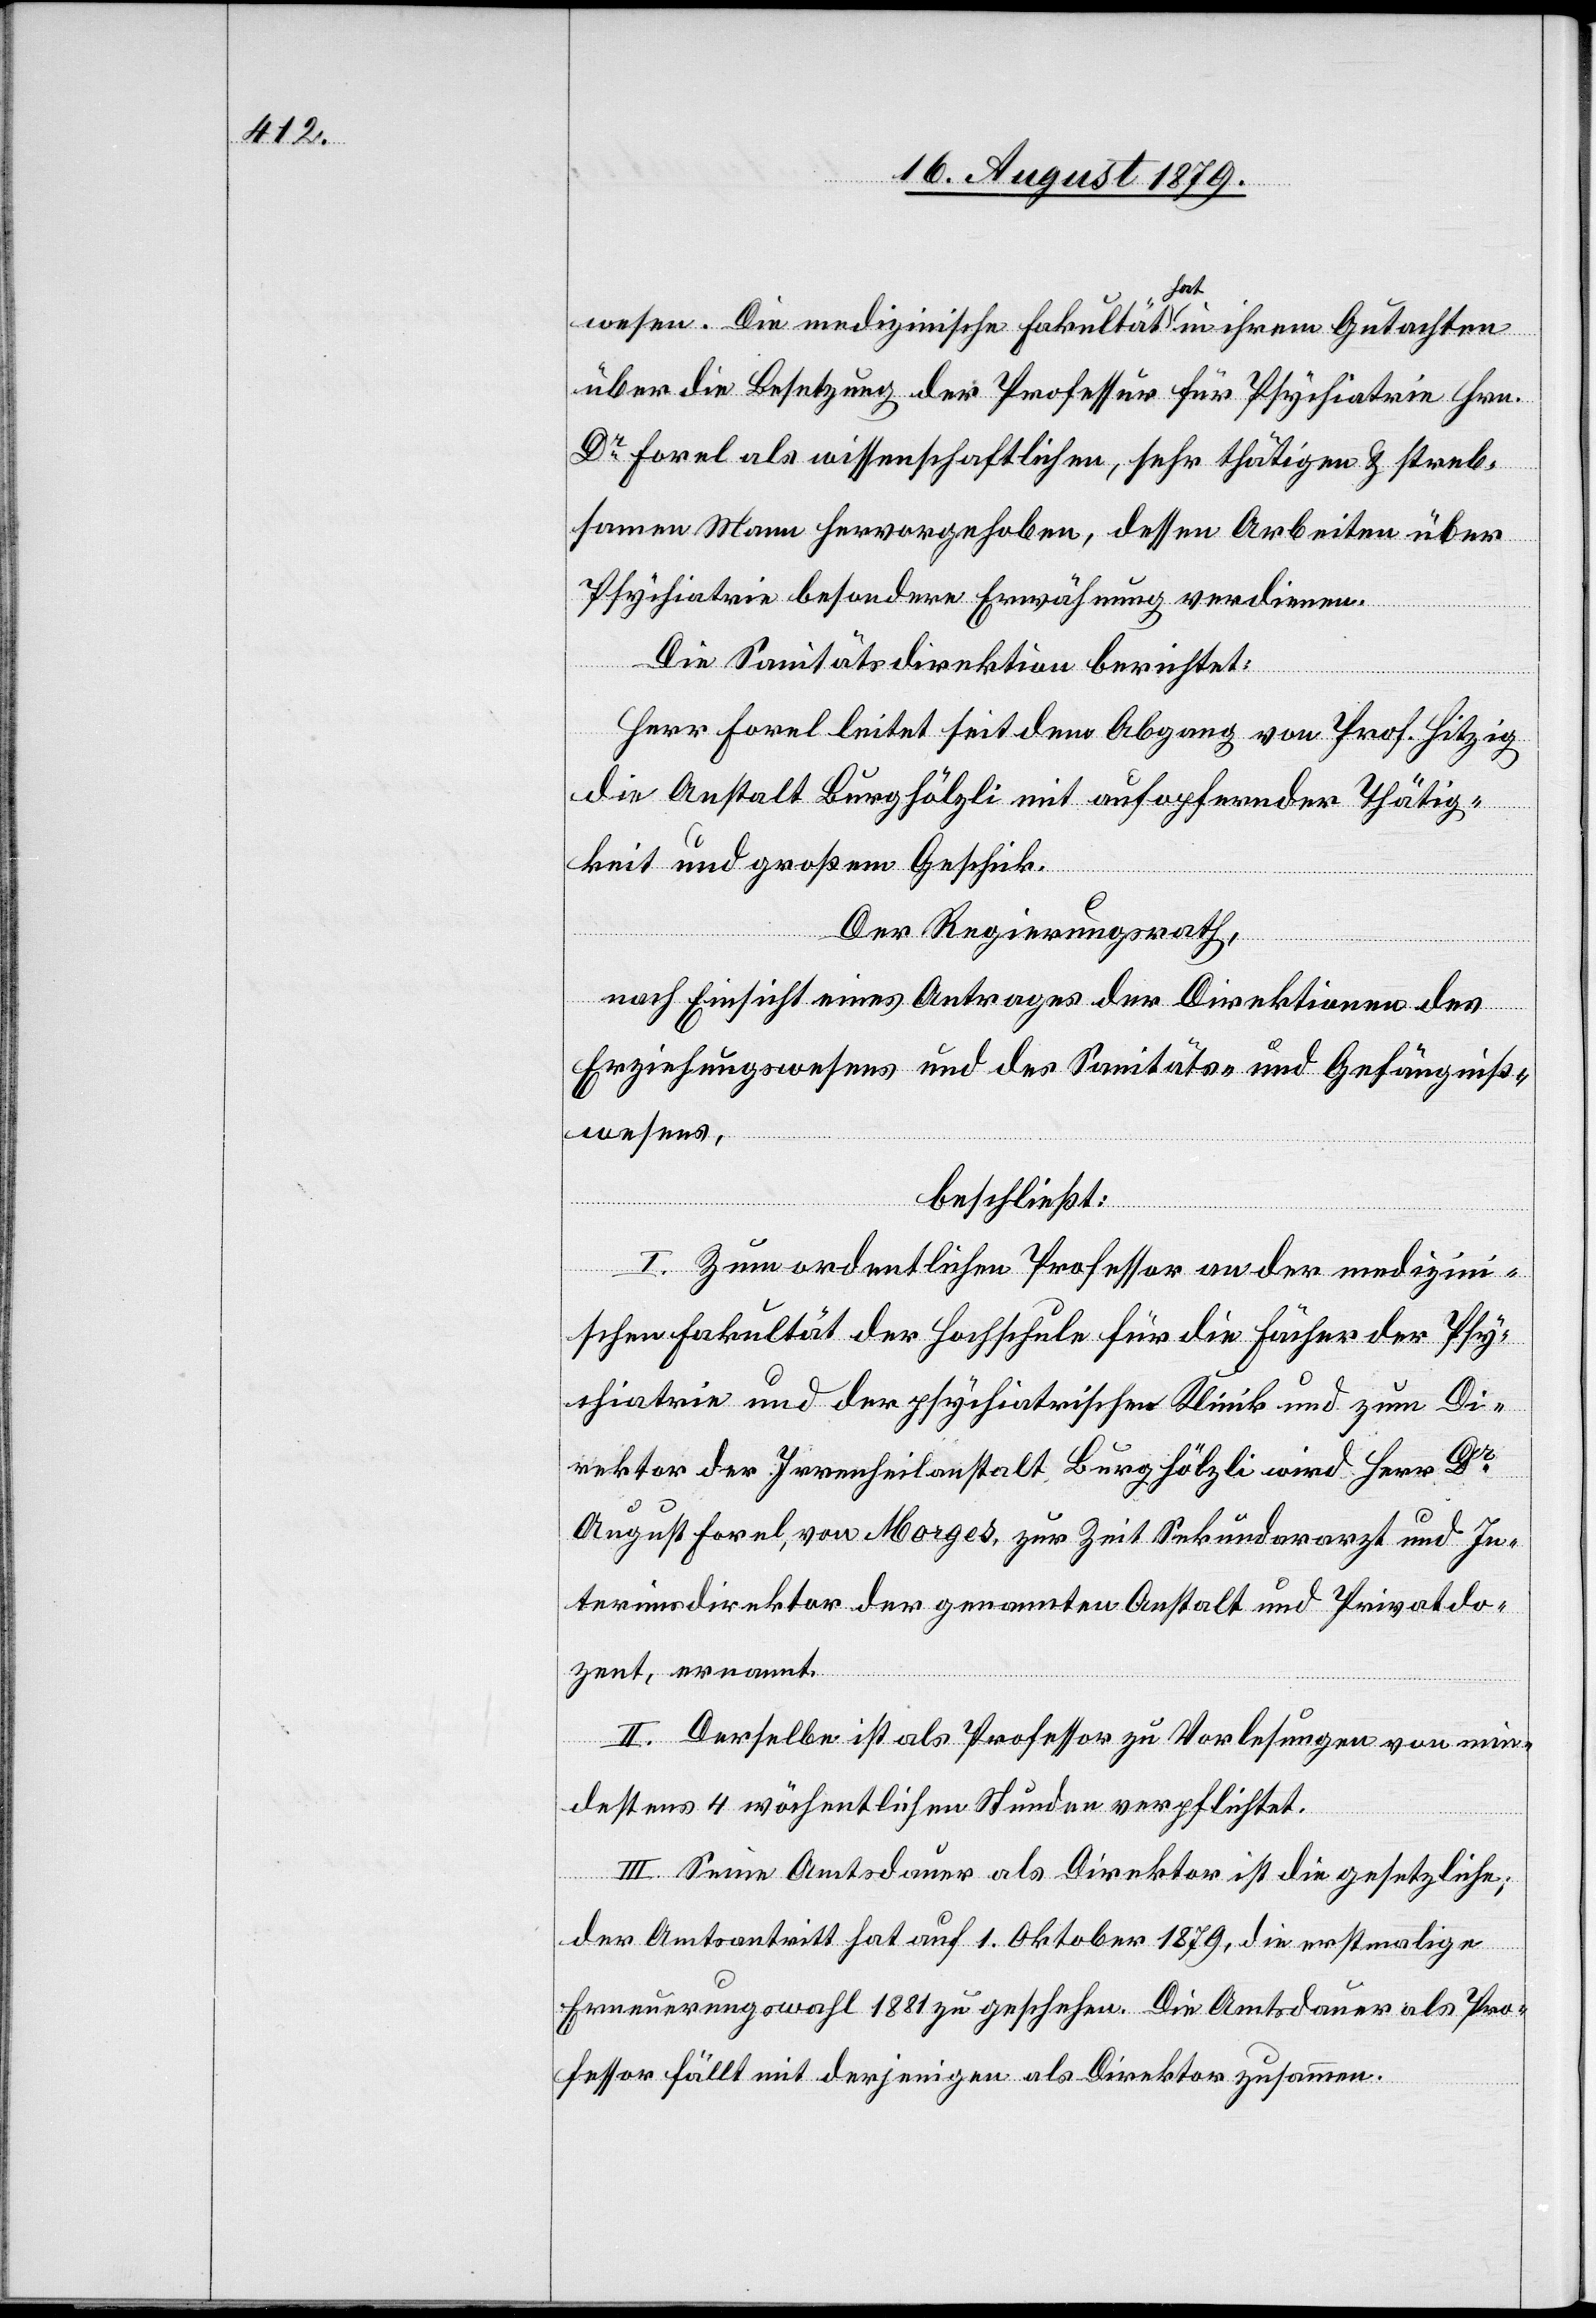
wesen. Die medizinische Fakultät hat in ihrem Gutachten
über die Besetzung der Professur für Psychiatrie Hrn.
Dr Forel als wissenschaftlichen, sehr thätigen & streb¬
samen Mann hervorgehoben, dessen Arbeiten über
Psychiatrie besondere Erwähnung verdienen.
Die Sanitätsdirektion berichtet:
Herr Forel leitet seit dem Abgang von Prof. Hitzig
die Anstalt Burghölzli mit aufopfernder Thätig¬
keit und großem Geschick.
Der Regierungsrath,
nach Einsicht eines Antrages der Direktionen des
Erziehungswesens und des Sanitäts- & Gefängniß¬
wesens,
beschließt:
I. Zum ordentlichen Professor an der medizini¬
schen Fakultät der Hochschule für die Fächer der Psy¬
chiatrie und der psychiatrischen Klinik und zum Di¬
rektor der Irrenheilanstalt Burghölzli wird Herr Dr
August Forel, von Morges, zur Zeit Sekundararzt und In¬
terimsdirektor der genannten Anstalt und Privatdo¬
zent, ernannt.
II. Derselbe ist als Professor zu Vorlesungen von min¬
destens 4 wöchentlichen Stunden verpflichtet.
III. Seine Amtsdauer als Direktor ist die gesetzliche,
der Amtsantritt hat auf 1. Oktober 1879, die erstmalige
Erneuerungswahl 1881 zu geschehen. Die Amtsdauer als Pro¬
fessor hält mit derjenigen als Direktor zusammen.